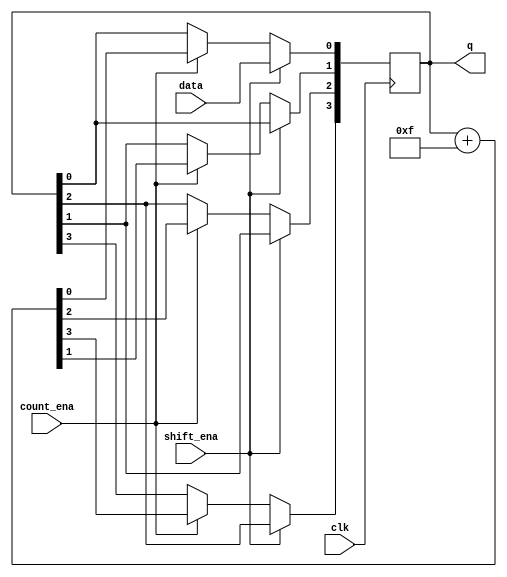
module top_module (
    input clk,
    input shift_ena,
    input count_ena,
    input data,
    output [3:0] q);

    reg [3:0]buf_q = 4'b0000;
    always @(posedge clk) begin
        if(shift_ena) begin
            buf_q[0] <= data;
            buf_q[1] <= buf_q[0];
            buf_q[2] <= buf_q[1];
            buf_q[3] <= buf_q[2];
        end
        else if(count_ena) begin
            buf_q <= buf_q + 4'b1111; 
        end
    end
   	assign q = buf_q;
endmodule